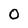
Character: 0